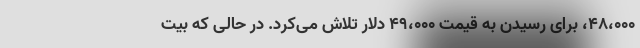
۴۸،۰۰۰، برای رسیدن به قیمت ۴۹،۰۰۰ دلار تلاش می‌کرد. در حالی که بیت